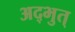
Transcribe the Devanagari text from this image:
अद्भुत्‌